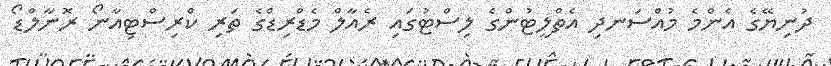
ދުނިޔޭގެ އެންމެ މުއްސަނދި އެތްލީޓުންގެ ލިސްޓުގައި ރެއާލް މެޑްރިޑްގެ ތަރި ކްރިސްޓިއާނޯ ރޮނާލްޑޯ